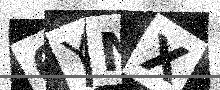
Text: 6YNX